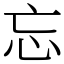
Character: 忘